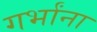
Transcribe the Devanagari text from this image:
गर्भांना